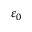
\varepsilon _ { 0 }